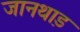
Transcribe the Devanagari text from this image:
जानथाड़